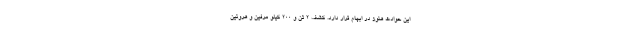
این حوادث هنوز در ابهام قرار دارد. کشف ۲ تن و ۲۰۰ کیلو مرفین و هروئین